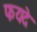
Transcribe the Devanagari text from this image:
फयदे